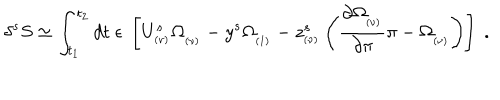
\delta ^ { s } S \simeq \int _ { t _ { 1 } } ^ { t _ { 2 } } d t \; \epsilon \; \left[ U _ { _ { ( \nu ) } } ^ { s } \Omega _ { _ { ( \nu ) } } - y ^ { s } \Omega _ { _ { ( 1 ) } } - z _ { _ { ( \nu ) } } ^ { s } \left( { \frac { \partial \Omega _ { _ { ( \nu ) } } } { \partial \pi } } \pi - \Omega _ { _ { ( \nu ) } } \right) \right] \; .